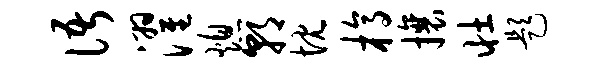
语濯熄朝忱槁攘壮题